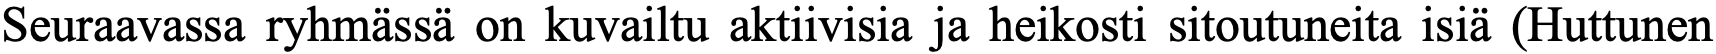
Seuraavassa ryhmässä on kuvailtu aktiivisia ja heikosti sitoutuneita isiä (Huttunen